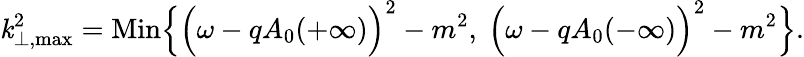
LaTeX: {\mathit{k}}_{\perp,\mathrm{{max}}}^{2}=\mathrm{{Min}}\Bigl\{ \Bigl(\omega-qA_{0}(+\infty)\Bigr)^{2}-m^{2},~\Bigl(\omega-qA_{0}(-\infty)\Bigr)^{2}-m^{2}\Bigr\} .